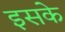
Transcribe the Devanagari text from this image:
इसके